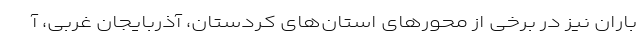
باران نیز در برخی از محورهای استان‌های کردستان، آذربایجان غربی، آ